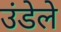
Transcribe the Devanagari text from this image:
उंडेले